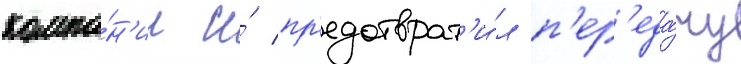
компа́н'ии и́ пр'едотврат'и́л п'ер'еда́чу